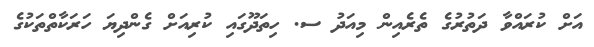
އަށް ކުރައްވާ ދަތުރުގެ ތެރެއިން މިއަދު ސ. ހިތަދޫގައި ކުރިއަށް ގެންދިޔަ ހަރަކާތްތަކުގެ